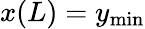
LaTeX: x(L)=y_{\mathrm{min}}